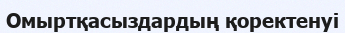
Омыртқасыздардың қоректенуі